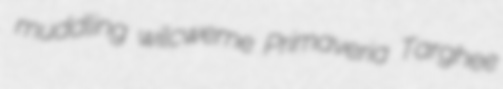
muddling wilcweme Primaveria Targhee